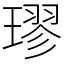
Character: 璆